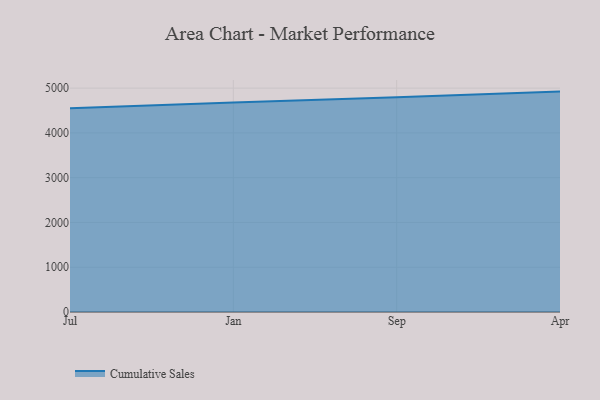
{"axis": {"x": "Month", "y": "Active Users"}, "legend": ["Cumulative Sales"], "data": [{"x": "Jul", "y": 4548.8, "type": "Cumulative Sales"}, {"x": "Jan", "y": 4682.0, "type": "Cumulative Sales"}, {"x": "Sep", "y": 4796.0, "type": "Cumulative Sales"}, {"x": "Apr", "y": 4922.9, "type": "Cumulative Sales"}]}